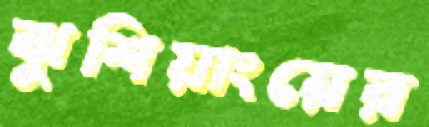
ঝুশিয়াংয়ের